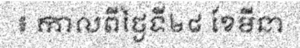
៖ កាលពីថ្ងៃទី២៨ ខែមីនា